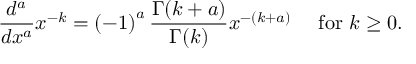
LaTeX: { \frac { d ^ { a } } { d x ^ { a } } } x ^ { - k } = \left( - 1 \right) ^ { a } { \frac { \Gamma ( k + a ) } { \Gamma ( k ) } } x ^ { - ( k + a ) } \quad { \mathrm { ~ f o r ~ } } k \geq 0 .